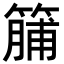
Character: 䈻